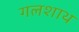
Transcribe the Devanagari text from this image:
गलशाथ